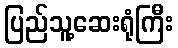
ပြည်သူ့ဆေးရုံကြီး